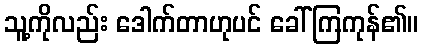
သူ့ကိုလည်း ဒေါက်တာဟုပင် ခေါ်ကြကုန်၏။